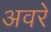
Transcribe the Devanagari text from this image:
अवरे